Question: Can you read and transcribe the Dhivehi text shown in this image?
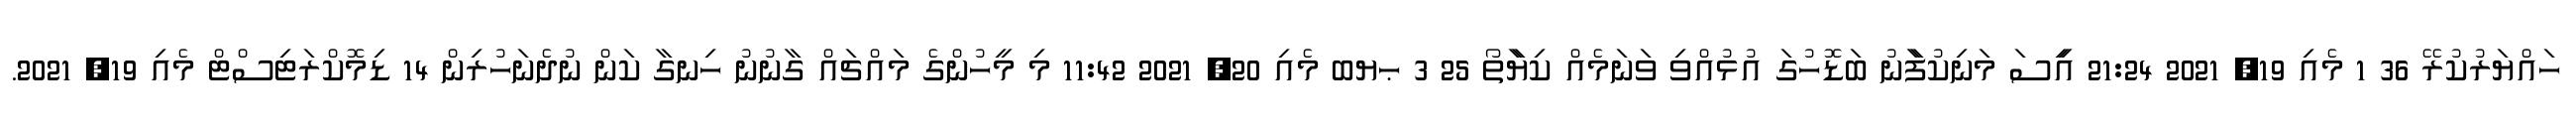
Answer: ހައްޔަރުކުރޭ 36 1 މެއި 19, 2021 21:24 އިީސަ މަނިކުފަާނު ބަޑޮހުގަ އުޅުއްވި ވަނަމެއް ކިޔަާތޯ 25 3 ޙޔބ މެއި 20, 2021 11:42 މި މީހުންގެ މައްޗައް ގާނުނު ހިނގާ ކަން ނުދެނަހުރިން 14 ޑިމޮކްރަޓިސްޓް މެއި 19, 2021.